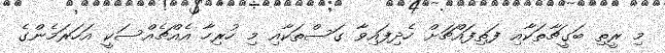
މި ރީތި ބަގީޗާތަކާއި ފަތިފައްޗަށް ހެދިފައިވާ ގަސްތަކާއި މި ހުރިހާ އެއްޗެއްސަކީ އަހަރަމެންގެ